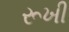
રૂખી